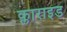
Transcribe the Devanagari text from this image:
क्लाराइड